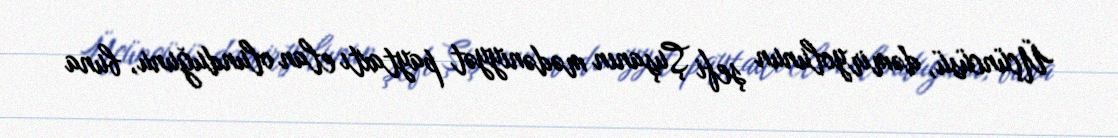
Üçüncüsü, dəmiryolunun şefi Şuşanın mədəniyyət paytaxtı elan olunduğunu, buna